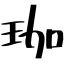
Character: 珈